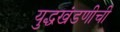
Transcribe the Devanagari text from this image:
युद्धखंडणीची